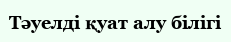
Тәуелді қуат алу білігі